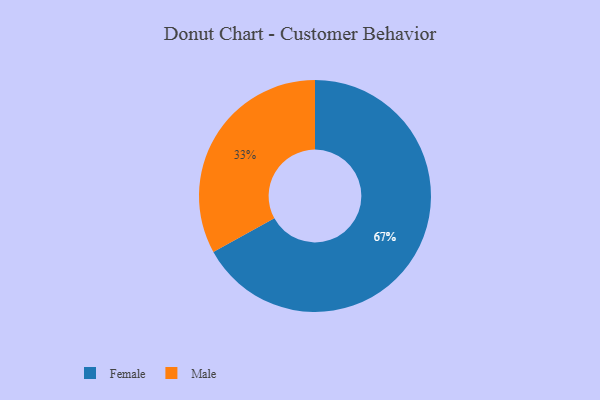
{"axis": {"x": "Category", "y": "Percentage"}, "legend": ["Female", "Male"], "data": [{"x": "Female", "y": 67, "type": "Female"}, {"x": "Male", "y": 33, "type": "Male"}]}